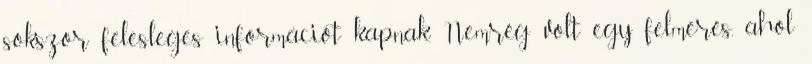
sokszor felesleges információt kapnak. Nemrég volt egy felmérés, ahol